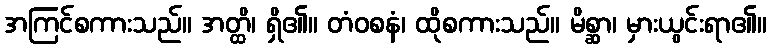
အကြင်စကားသည်။ အတ္ထိ၊ ရှိ၏။ တံဝစနံ၊ ထိုစကားသည်။ မိစ္ဆာ၊ မှားယွင်းရာ၏။